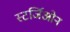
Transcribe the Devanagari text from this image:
स्टर्जिओन